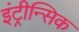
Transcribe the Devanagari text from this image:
इंट्रीन्सिक